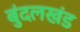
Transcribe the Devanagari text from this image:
बुंदलखंड